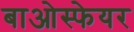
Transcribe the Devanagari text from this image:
बाओस्फेयर